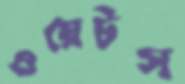
ওয়েটস